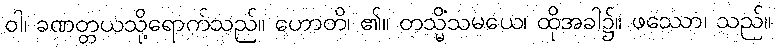
ဝါ၊ ခဏတ္တယသို့ရောက်သည်။ ဟောတိ၊ ၏။ တသ္မိံသမယေ၊ ထိုအခါ၌။ ဖဿော၊ သည်။